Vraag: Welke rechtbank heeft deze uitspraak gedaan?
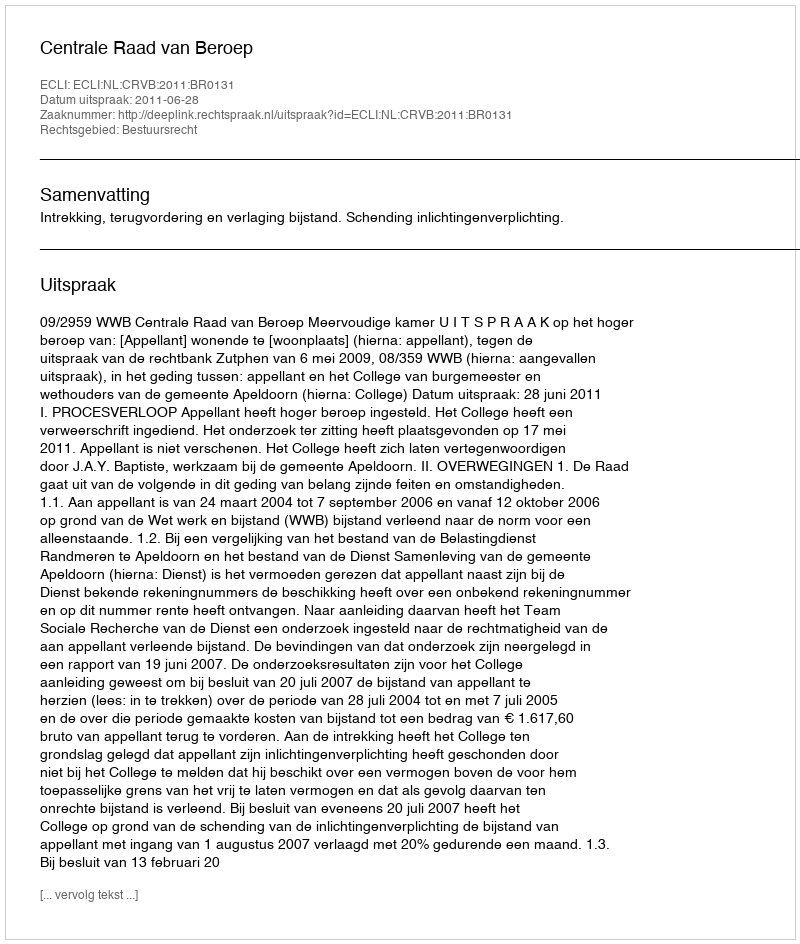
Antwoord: Centrale Raad van Beroep